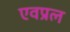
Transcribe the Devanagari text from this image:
एवप्रल